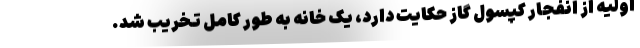
اولیه از انفجار کپسول گاز حکایت دارد، یک خانه به طور کامل تخریب شد.